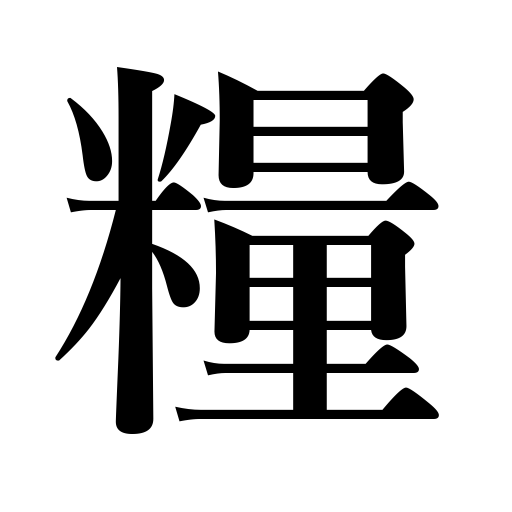
Meanings: provisions,bread,food